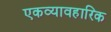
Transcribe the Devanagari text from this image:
एकव्यावहारिक